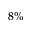
8 \%